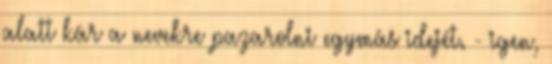
alatt kár a nevekre pazarolni egymás idejét. - igen,